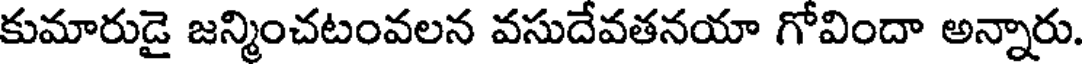
కుమారుడై జన్మించటంవలన వసుదేవతనయా గోవిందా అన్నారు